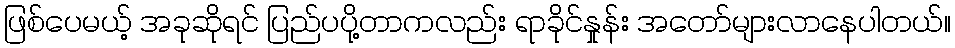
ဖြစ်ပေမယ့် အခုဆိုရင် ပြည်ပပို့တာကလည်း ရာခိုင်နှုန်း အတော်များလာနေပါတယ်။